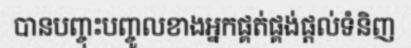
បានបញ្ចុះបញ្ចូលខាងអ្នកផ្គត់ផ្គង់ផ្តល់ទំនិញ